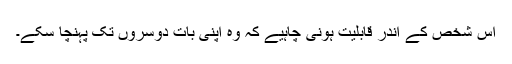
اس شخص کے اندر قابلیت ہونی چاہیے کہ وہ اپنی بات دوسروں تک پہنچا سکے۔